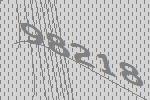
98218